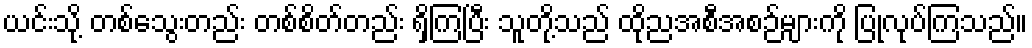
ယင်းသို့ တစ်သွေးတည်း တစ်စိတ်တည်း ရှိကြပြီး သူတို့သည် ထိုညအစီအစဉ်များကို ပြုလုပ်ကြသည်။